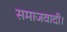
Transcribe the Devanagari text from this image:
समाजवादी।